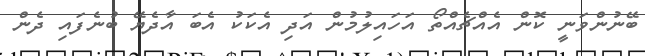
ބޭނުންވަނީ ކޮން އެއްޗެއްތޯ އަހައިލުމުން އަދި އެކަކު އެބަ އާދެޔޭ ބުނެފައި ދެން